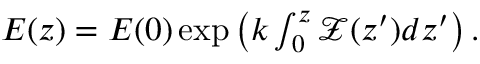
\begin{array} { r } { E ( z ) = E ( 0 ) \exp \left( k \int _ { 0 } ^ { z } \mathcal { Z } ( z ^ { \prime } ) d z ^ { \prime } \right) . } \end{array}